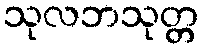
သုလဘသုတ္တ